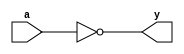
//Inverter
module _inv(a, y);
	input a;
	output y;
	assign y = ~a;
endmodule

//2-to-1 nand gate
module _nand2(a, b, y);
	input a, b;
	output y;
	assign y = ~(a & b);
endmodule

//2-to-1 and gate
module _and2(a, b, y);
	input a, b;
	output y;
	assign y = a & b;
endmodule

//2-to-1 or gate
module _or2(a, b, y);
	input a, b;
	output y;
	assign y = a | b;
endmodule

//2-to-1 xor gate
module _xor2(a, b, y);
	input a, b;
	output y;
	wire inv_a, inv_b;
	wire w0, w1;
	_inv U0_inv(.a(a), .y(inv_a));
	_inv U1_inv(.a(b), .y(inv_b));
	_and2 U2_and2(.a(inv_a), .b(b), .y(w0));
	_and2 U3_and2(.a(inv_b), .b(a), .y(w1));
	_or2 U4_or2(.a(w0), .b(w1), .y(y));
endmodule

//3-to-1 and gate
module _and3(a, b, c, y);
	input a, b, c;
	output y;
	assign y = a & b & c;
endmodule

//4-to-1 and gate
module _and4(a, b, c, d, y);
	input a, b, c, d;
	output y;
	assign y = a & b & c & d;
endmodule

//5-to-1 and gate
module _and5(a, b, c, d, e, y);
	input a, b, c, d, e;
	output y;
	assign y = a & b & c & d & e;
endmodule

//3-to-1 or gate
module _or3(a, b, c, y);
	input a, b, c;
	output y;
	assign y = a | b | c;
endmodule

//4-to-1 or gate
module _or4(a, b, c, d, y);
	input a, b, c, d;
	output y;
	assign y = a | b | c | d;
endmodule

//5-to-1 or gate
module _or5(a, b, c, d, e, y);
	input a, b, c, d, e;
	output y;
	assign y = a | b | c | d | e;
endmodule

//4 bits inverter
module _inv_4bits(a, y);
	input[3:0] a;
	output[3:0] y;
	assign y = ~a;
endmodule

//4 bits 2-to-1 and gate
module _and2_4bits(a, b, y);
	input[3:0] a, b;
	output[3:0] y;
	assign y = a & b;
endmodule

//4 bits 2-to-1 or gate
module _or2_4bits(a, b, y);
	input[3:0] a, b;
	output[3:0] y;
	assign y = a | b;
endmodule

//4 bits 2-to-1 exclusive or gate
module _xor2_4bits(a, b, y);
	input[3:0] a, b;
	output[3:0] y;
	_xor2 U0_xor2(.a(a[0]), .b(b[0]), .y(y[0]));
	_xor2 U1_xor2(.a(a[1]), .b(b[1]), .y(y[1]));
	_xor2 U2_xor2(.a(a[2]), .b(b[2]), .y(y[2]));
	_xor2 U3_xor2(.a(a[3]), .b(b[3]), .y(y[3]));
endmodule

//4 bits 2-to-1 exclusive nor gate
module _xnor2_4bits(a, b, y);
	input[3:0] a, b;
	output[3:0] y;
	wire[3:0] w0;
	_xor2_4bits U0_4bits(.a(a), .b(b), .y(w0));
	_inv_4bits U1_inv_4bits(.a(w0), .y(y));
endmodule